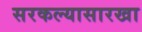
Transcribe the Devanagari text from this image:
सरकल्यासारखा